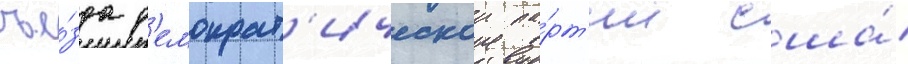
съе́зда д'емократ'ическои па́рт'ии сша́